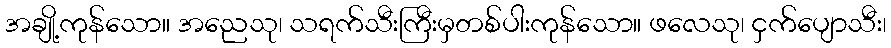
အချို့ကုန်သော။ အညေသု၊ သရက်သီးကြီးမှတစ်ပါးကုန်သော။ ဖလေသု၊ ငှက်ပျောသီး၊